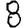
Digit: 8